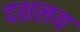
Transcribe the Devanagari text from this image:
दशलय